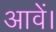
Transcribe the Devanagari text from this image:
आवें।